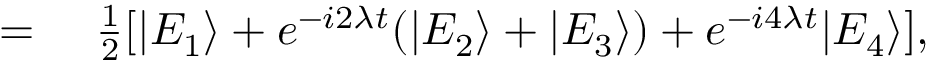
\begin{array} { r l } { = } & { { } ~ \frac { 1 } { 2 } [ | E _ { 1 } \rangle + e ^ { - i 2 \lambda t } ( | E _ { 2 } \rangle + | E _ { 3 } \rangle ) + e ^ { - i 4 \lambda t } | E _ { 4 } \rangle ] , } \end{array}